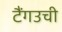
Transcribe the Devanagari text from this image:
टैंगउची